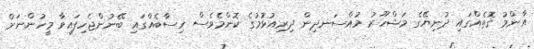
އާންމު ގޮތެއްގައި ދުނިޔޭގެ މަޝްހޫރު މުއްސަނދިން ދިރިއުޅުމުގެ ކޮންމެވެސް ހިސާބެއްގައި ބޭނުންޖެހިފައިވާ މީހުންނަށް